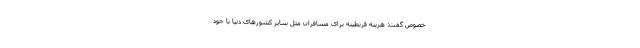
خصوص گفت: هزینه قرنطینه برای مسافران مثل سایر کشورهای دنیا با خود